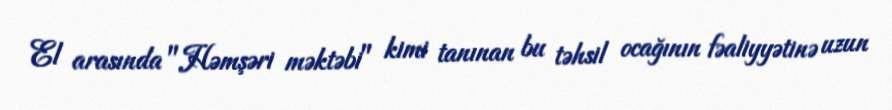
El arasında "Həmşəri məktəbi" kimi tanınan bu təhsil ocağının fəaliyyətinə uzun